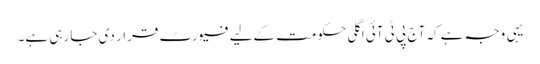
یہی وجہ ہے کہ آج پی ٹی آئی اگلی حکومت کےلیے فیورٹ قرار دی جا رہی ہے۔